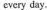
cvery day.